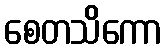
စေတသိကော